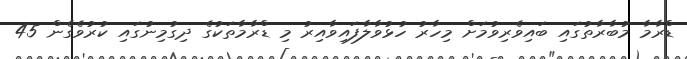
ޑްރާމާ މުބާރާތުގައި ބައިވެރިވުމަށް މިހާރު ހުޅުވާލާފައިވާއިރު މި ޑްރާމާތަކުގެ ދިގުމިނުގައި ކުރުވެގެން 45